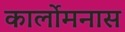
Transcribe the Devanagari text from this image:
कार्लोमनास